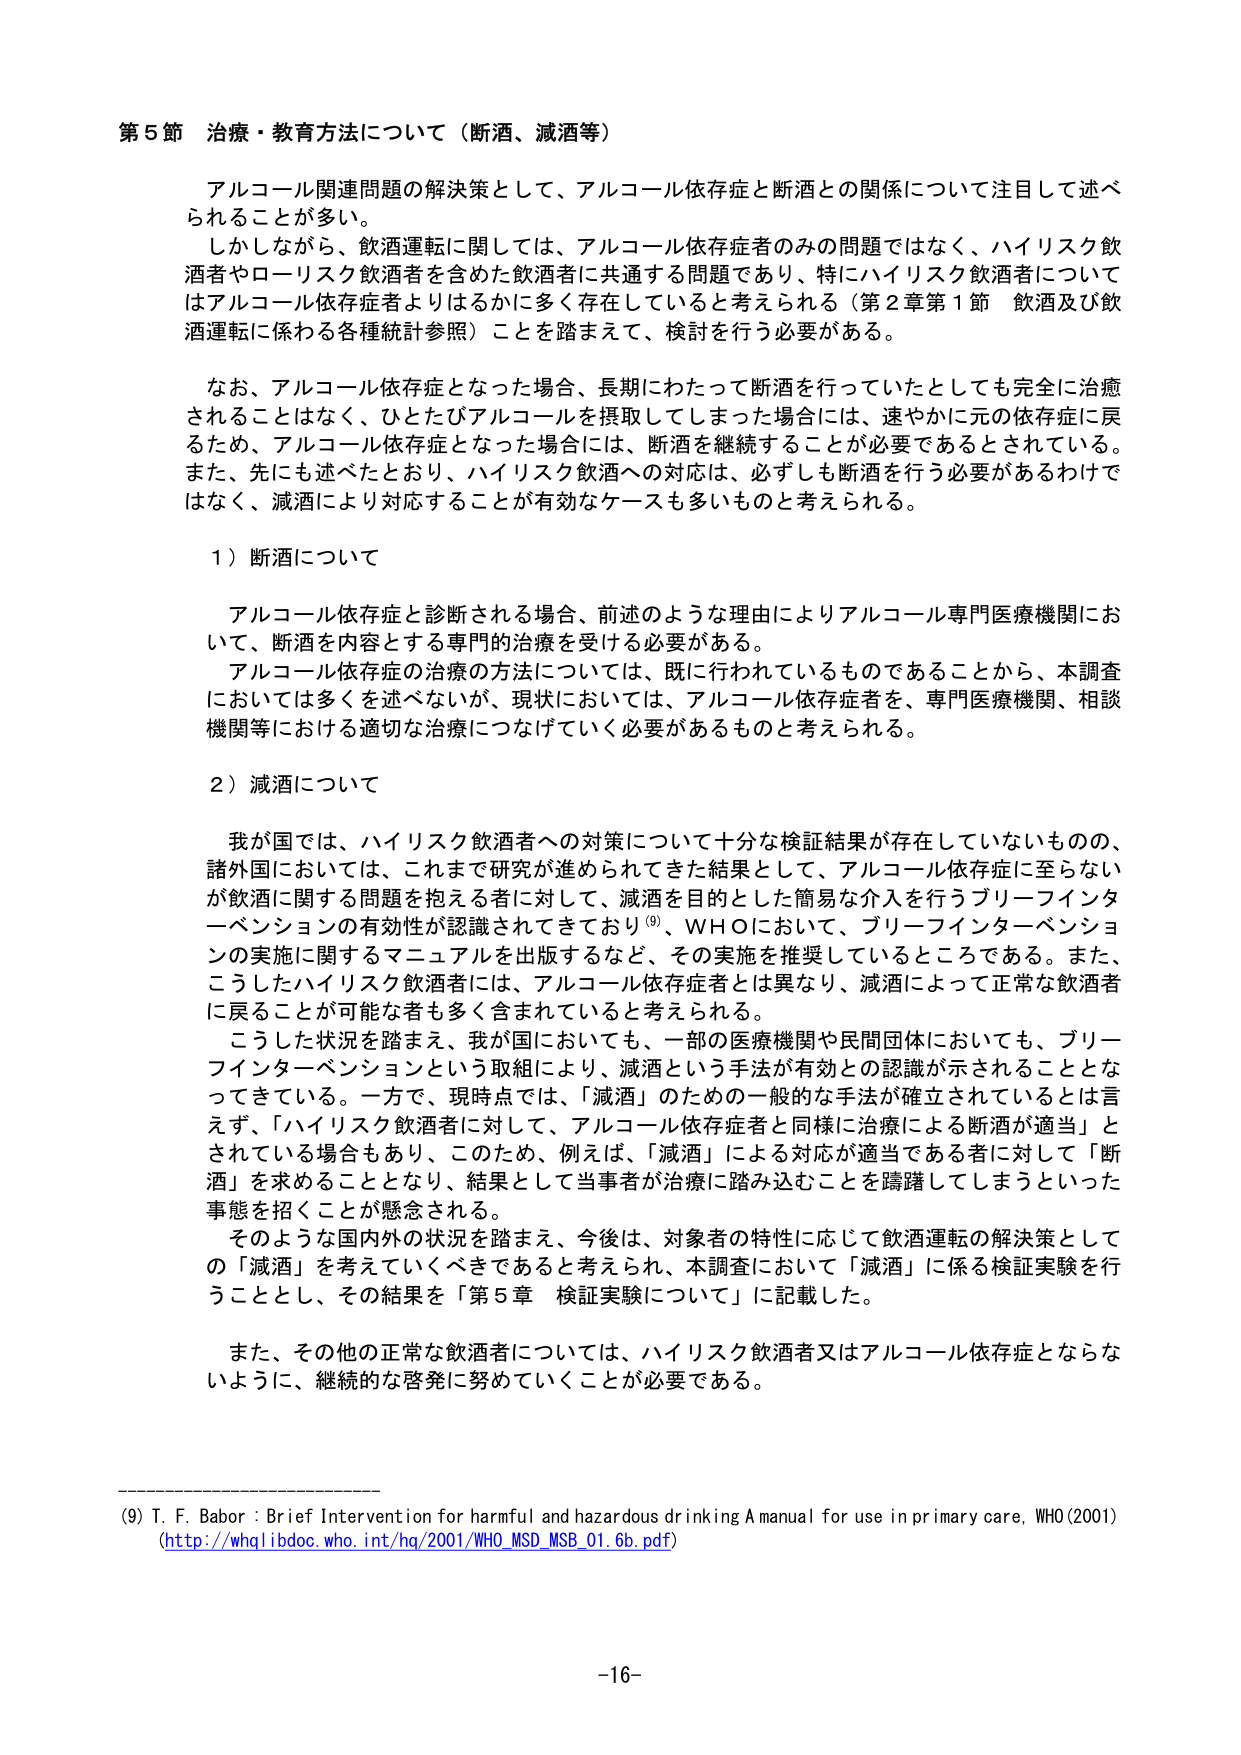
第５節 治療・教育方法について（断酒、減酒等）

アルコール関連問題の解決策として、アルコール依存症と断酒との関係について注目して述べられることが多い。

しかしながら、飲酒運転に関しては、アルコール依存症者のみの問題ではなく、ハイリスク飲酒者やローリスク飲酒者を含めた飲酒者に共通する問題であり、特にハイリスク飲酒者についてはアルコール依存症者よりはるかに多く存在していると考えられる（第２章第１節 飲酒及び飲酒運転に係わる各種統計参照）ことを踏まえて、検討を行う必要がある。

なお、アルコール依存症となった場合、長期にわたって断酒を行っていたとしても完全に治癒されることはなく、ひとたびアルコールを摂取してしまった場合には、速やかに元の依存症に戻るため、アルコール依存症となった場合には、断酒を継続することが必要であるとされている。また、先にも述べたとおり、ハイリスク飲酒への対応は、必ずしも断酒を行う必要があるわけではなく、減酒により対応することが有効なケースも多いものと考えられる。

１）断酒について

アルコール依存症と診断される場合、前述のような理由によりアルコール専門医療機関において、断酒を内容とする専門的治療を受ける必要がある。

アルコール依存症の治療の方法については、既に行われているものであることから、本調査においては多くを述べないが、現状においては、アルコール依存症者を、専門医療機関、相談機関等における適切な治療につなげていく必要があるものと考えられる。

２）減酒について

我が国では、ハイリスク飲酒者への対策について十分な検証結果が存在していないものの、諸外国においては、これまで研究が進められてきた結果として、アルコール依存症に至らないが飲酒に関する問題を抱える者に対して、減酒を目的とした簡易な介入を行うブリーフインターベンションの有効性が認識されてきており（9）、WHOにおいて、ブリーフインターベンションの実施に関するマニュアルを出版するなど、その実施を推奨しているところである。また、こうしたハイリスク飲酒者には、アルコール依存症者とは異なり、減酒によって正常な飲酒者に戻ることが可能なる者も多く含まれていると考えられる。

こうした状況を踏まえ、我が国においても、一部の医療機関や民間団体においても、ブリーフインターベンションという取組により、減酒という手法が有効との認識が示されることとなっている。一方で、現時点では、「減酒」のための一般的な手法が確立されているとは言えず、「ハイリスク飲酒者に対して、アルコール依存症者と同様に治療による断酒が適当」とされている場合もあり、このため、例えば、「減酒」による対応が適当である者に対して「断酒」を求めることがとなり、結果として当事者が治療に踏み込むことを躊躇してしまうといった事態を招くことが懸念される。

そのような国内外の状況を踏まえ、今後は、対象者の特性に応じて飲酒運転の解決策としての「減酒」を考えていくべきであると考えられ、本調査において「減酒」に係る検証実験を行うこととし、その結果を「第５章 検証実験について」に記載した。

また、その他の正常な飲酒者については、ハイリスク飲酒者又はアルコール依存症とならないように、継続的な啓発に努めていくことが必要である。

（9）T. F. Babor : Brief Intervention for harmful and hazardous drinking A manual for use in primary care, WHO (2001)
(http://whqlibdoc.who.int/hq/2001/WHO_MSD_MSB_01_6b.pdf)

-16-